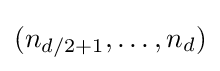
{\textstyle (n_{d/2+1},\ldots ,n_{d})}